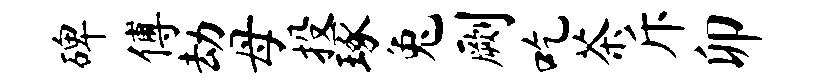
碑傅劫母投琢兔劂吃茶斥卯